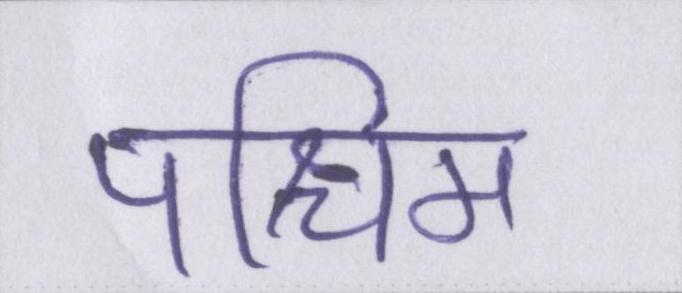
पश्चिम